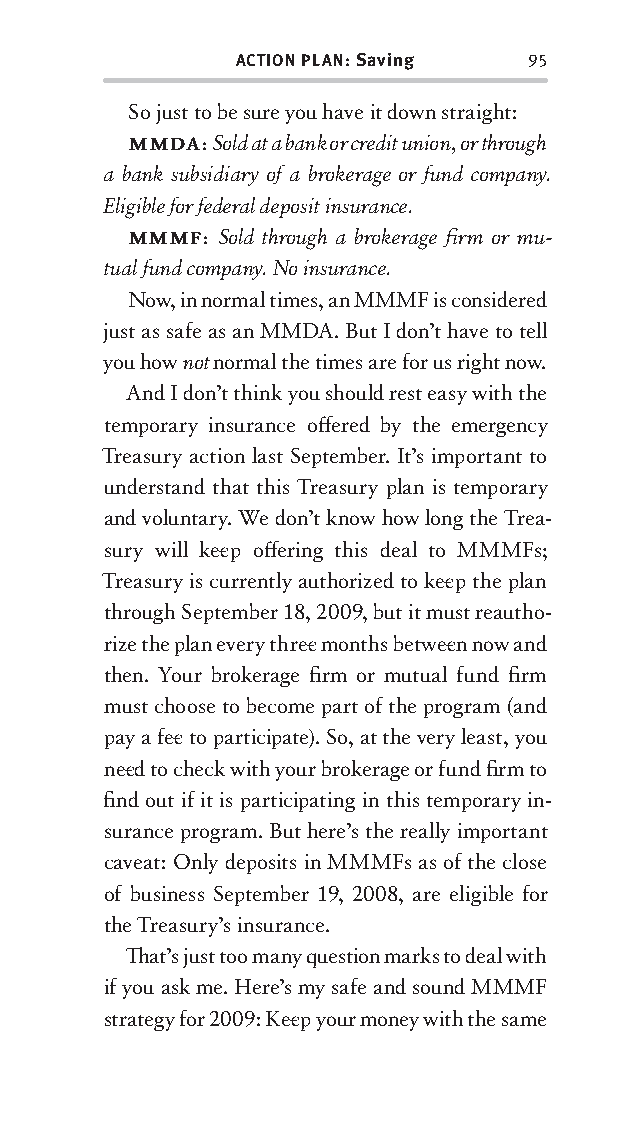
ACTION PLAN: Saving 95
 So just to be sure you have it down straight:
 MMDA: Sold at a bank or credit union, or through
 a bank subsidiary of a brokerage or fund company.
 Eligible for federal deposit insurance.
 MMMF: Sold through a brokerage fi rm or mu-
 tual fund company. No insurance.
 Now, in normal times, an MMMF is considered
 just as safe as an MMDA. But I don’t have to tell
 you how not normal the times are for us right now.
 And I don’t think you should rest easy with the
 temporary insurance off ered by the emergency
 Treasury action last September. It’s important to
 understand that this Treasury plan is temporary
 and voluntary. We don’t know how long the Trea-
 sury will kee p off ering this deal to MMMFs;
 Treasury is currently authorized to kee p the plan
 through September 18, 2009, but it must reautho-
 rize the plan every three months betw ee n now and
 then. Your brokerage fi rm or mutual fund fi rm
 must choose to become part of the program (and
 pay a fee to participate). So, at the very least, you
 nee d to check with your brokerage or fund fi rm to
 fi nd out if it is participating in this temporary in-
 surance program. But here’s the really important
 caveat: Only deposits in MMMFs as of the close
 of business September 19, 2008, are eligible for
 the Treasury’s insurance.
 Th at’s just too many question marks to deal with
 if you ask me. Here’s my safe and sound MMMF
 strategy for 2009: Kee p your money with the same
 OOrrmmaa__99778800338855553300993344__44pp__aallll__rr11..iinndddd 9955 1122//33//0088 99::3311::1177 AAMM